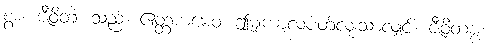
စွာ။ ဇီဝိတံ၊ သည်။ ဧတ္တကမေဝ၊ ဤမျှကာလပတ်လုံးသာလျှင်။ ဇီဝိတဗ္ဗံ၊